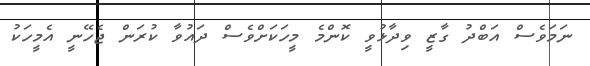
ނަމަވެސް އަބްދު ގާޒީ ވިދާޅުވީ ކޮންމެ މީހަކަށްވެސް ދައުވާ ކުރަން ޖެހޭނީ އެމީހަކު